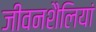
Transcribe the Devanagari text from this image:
जीवनशैलियां